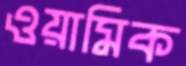
ওয়ামিক